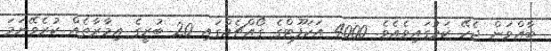
ބާއްވަން ޖެހޭ ކަމުގައިވެއެވެ. 4000 އަކަފޫޓްގެ ގޯއްޗެއްގައި 20 ބުރީގެ އިމާރާތެއް ކުރެވޭނަމަ